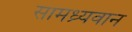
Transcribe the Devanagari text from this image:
सामध्र्यवान